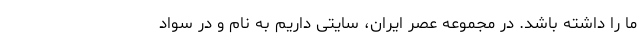
ما را داشته باشد. در مجموعه عصر ایران، سایتی داریم به نام و در سواد